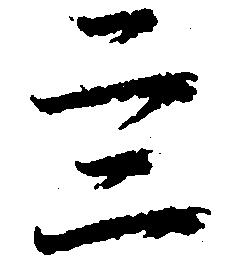
四